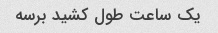
یک ساعت طول کشید برسه